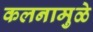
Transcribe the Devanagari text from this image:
कलनामुळे